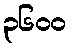
၃၆၀၀